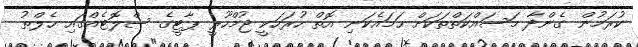
ކުރަމުން ގެންދާ މަސައްކަތްތަކަށް ހަމައެކަނި އޮތް ހުރަހަކީ ޖުމްހޫރީ ޕާޓީގެ ސްލޮޓެއްގައި ހެލްތު